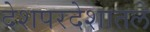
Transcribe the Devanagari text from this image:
देशपरदेशातले